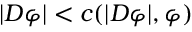
| D \varphi | < c ( | D \varphi | , \varphi )